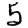
Digit: 5